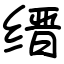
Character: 缙